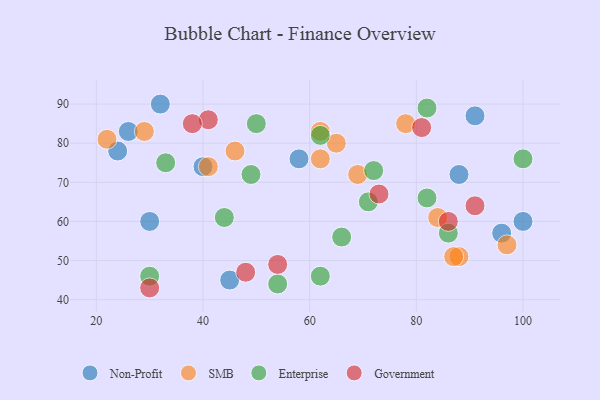
{"axis": {"x": "GDP", "y": "Life Expectancy"}, "legend": ["Enterprise", "Government", "Non-Profit", "SMB"], "data": [{"x": "96", "y": 57, "type": "Non-Profit"}, {"x": "30", "y": 60, "type": "Non-Profit"}, {"x": "88", "y": 72, "type": "Non-Profit"}, {"x": "91", "y": 87, "type": "Non-Profit"}, {"x": "45", "y": 45, "type": "Non-Profit"}, {"x": "100", "y": 60, "type": "Non-Profit"}, {"x": "40", "y": 74, "type": "Non-Profit"}, {"x": "32", "y": 90, "type": "Non-Profit"}, {"x": "58", "y": 76, "type": "Non-Profit"}, {"x": "24", "y": 78, "type": "Non-Profit"}, {"x": "26", "y": 83, "type": "Non-Profit"}, {"x": "62", "y": 83, "type": "SMB"}, {"x": "84", "y": 61, "type": "SMB"}, {"x": "65", "y": 80, "type": "SMB"}, {"x": "29", "y": 83, "type": "SMB"}, {"x": "88", "y": 51, "type": "SMB"}, {"x": "97", "y": 54, "type": "SMB"}, {"x": "62", "y": 76, "type": "SMB"}, {"x": "78", "y": 85, "type": "SMB"}, {"x": "41", "y": 74, "type": "SMB"}, {"x": "22", "y": 81, "type": "SMB"}, {"x": "87", "y": 51, "type": "SMB"}, {"x": "46", "y": 78, "type": "SMB"}, {"x": "69", "y": 72, "type": "SMB"}, {"x": "82", "y": 89, "type": "Enterprise"}, {"x": "62", "y": 46, "type": "Enterprise"}, {"x": "86", "y": 57, "type": "Enterprise"}, {"x": "62", "y": 82, "type": "Enterprise"}, {"x": "33", "y": 75, "type": "Enterprise"}, {"x": "72", "y": 73, "type": "Enterprise"}, {"x": "30", "y": 46, "type": "Enterprise"}, {"x": "71", "y": 65, "type": "Enterprise"}, {"x": "54", "y": 44, "type": "Enterprise"}, {"x": "44", "y": 61, "type": "Enterprise"}, {"x": "66", "y": 56, "type": "Enterprise"}, {"x": "50", "y": 85, "type": "Enterprise"}, {"x": "49", "y": 72, "type": "Enterprise"}, {"x": "82", "y": 66, "type": "Enterprise"}, {"x": "100", "y": 76, "type": "Enterprise"}, {"x": "30", "y": 43, "type": "Government"}, {"x": "41", "y": 86, "type": "Government"}, {"x": "91", "y": 64, "type": "Government"}, {"x": "81", "y": 84, "type": "Government"}, {"x": "54", "y": 49, "type": "Government"}, {"x": "48", "y": 47, "type": "Government"}, {"x": "73", "y": 67, "type": "Government"}, {"x": "86", "y": 60, "type": "Government"}, {"x": "38", "y": 85, "type": "Government"}]}